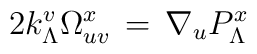
2k^v_\Lambda \Omega_{uv}^x\,=\,\nabla_u P^x_\Lambda